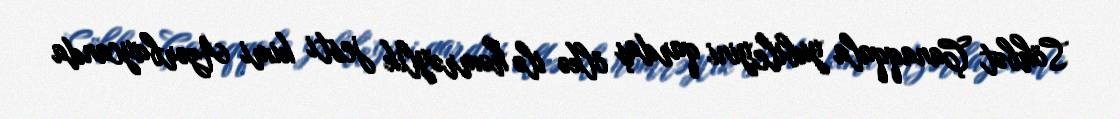
Söhbət Çanaqqala yubileyini qardaş ölkə ilə həmrəylik jesti kimi Azərbaycanda